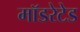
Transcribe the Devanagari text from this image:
मॉडरेटेड